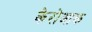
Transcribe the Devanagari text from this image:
केरोआक